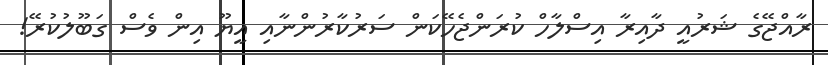
ރާއްޖޭގެ ޝަރުއީ ދާއިރާ އިސްލާހް ކުރަންޖެހޭކަން ސަރުކާރުންނާއި އީޔޫ އިން ވެސް ގަބޫލުކުރޭ!